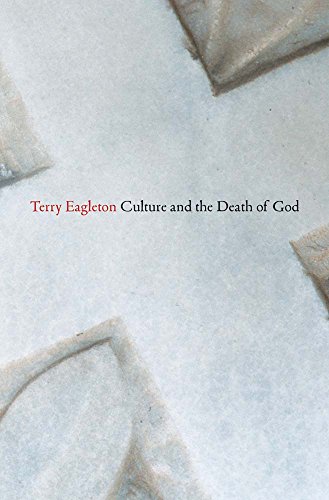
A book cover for Culture and the Death of God; Terry Eagleton; Religion & Spirituality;